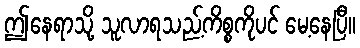
ဤနေရာသို့ သူလာရသည့်ကိစ္စကိုပင် မေ့နေပြီ။